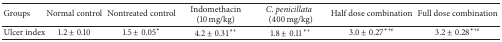
| Groups | Normal control | Nontreated control | Indomethacin (10 mg/kg) | C. penicillata(400 mg/kg) | Half dose combination | Full dose combination |
 | --- | --- | --- | --- | --- | --- | --- |
 | Ulcer index | 1.2 ± 0.10 | 1.5 ± 0.05* | 4.2 ± 0.31∗+ | 1.8 ± 0.11∗+ | 3.0 ± 0.27∗+ε | 3.2 ± 0.28∗+ε |